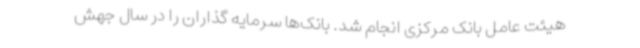
هیئت عامل بانک مرکزی انجام شد. بانک‌ها سرمایه گذاران را در سال جهش